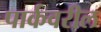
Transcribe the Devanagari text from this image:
पार्कवरील